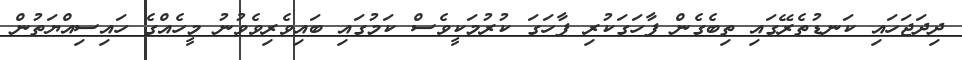
ދިދަޖަހައި ކަނޑުތެރޭގައި ތިބެގެން ފާހަގަކުރި ފާހަގަ ކުރުމަކީވެސް ކަމުގައި ބައިވެރިވެވުނު މީހެއްގެ ހައިސިއްޔަތުން